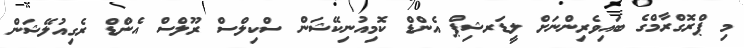
މި ޕްރޮގްރާމްގެ ބައިވެރިންނަށް ލީޑަރޝިޕް އެންޑް ކޮމިއުނިކޭޝަން ސްކިލްސް ރޫލްސް އެންޑް ރެގިއުލޭޝަން